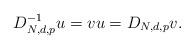
LaTeX: \begin{align*}D_{N,d,p}^{-1}u=vu=D_{N,d,p}v.\end{align*}